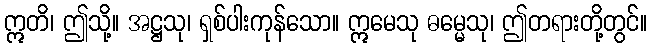
ဣတိ၊ ဤသို့။ အဋ္ဌသု၊ ရှစ်ပါးကုန်သော။ ဣမေသု ဓမ္မေသု၊ ဤတရားတို့တွင်။